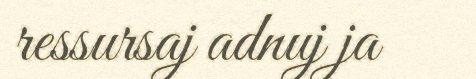
ressursaj adnuj ja